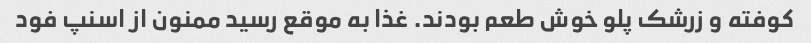
کوفته و زرشک پلو خوش طعم بودند. غذا به موقع رسید ممنون از اسنپ فود